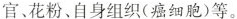
官、花粉、自身组织(癌细胞)等。